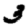
Digit: 3